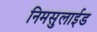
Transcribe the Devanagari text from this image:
निमसुलाईड